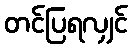
တင်ပြရလျှင်